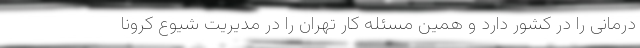
درمانی را در کشور دارد و همین مسئله کار تهران را در مدیریت شیوع کرونا